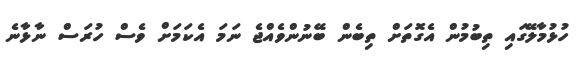
ހުޅުމާލޭގައި ތިބުމުން އެގޮތަށް ތިބެން ބޭނުންވެއްޖެ ނަމަ އެކަމަށް ވެސް ހުރަސް ނާޅާނެ